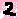
Text: 2